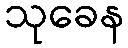
သုခေန